Report on vaccination North-West Frontier Province 1904-1922 - 1904-1922
Year: 1904
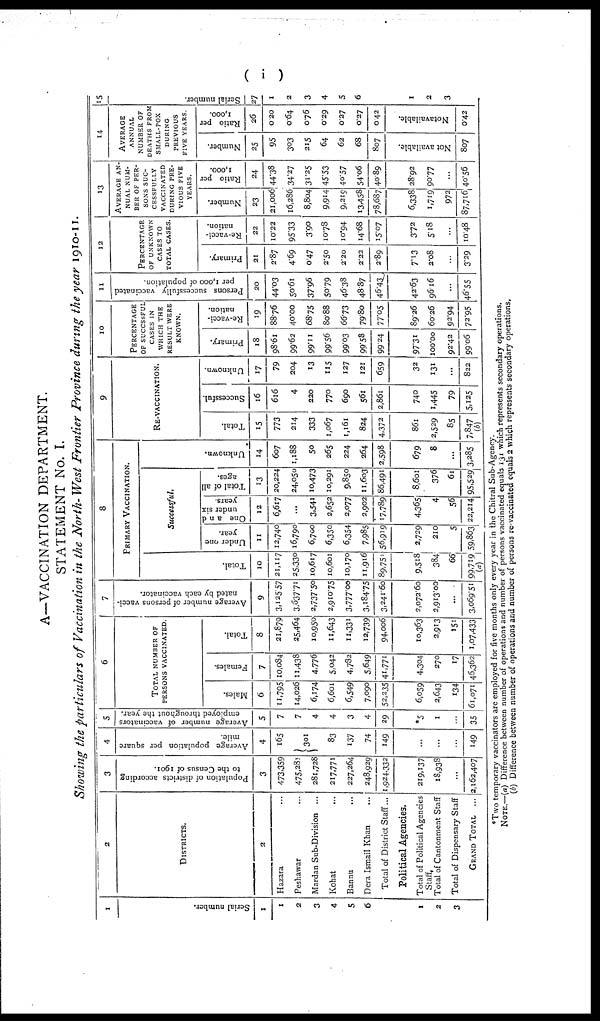
( i )
A—VACCINATION DEPARTMENT.
STATEMENT No. I.
Showing the particulars of Vaccination in the North- West Frontier Province during the year 1910-11.
1
Serial number.
1
1
2
3
4
5
6
1
2
3
2
DISTRICTS.
2
Hazara ...
Peshawar ...
Mardan Sub-Division ...
Kohat ...
Bannu ...
Dera Ismail Khan ...
Total of District Staff...
Political Agencies.
Total of Political Agencies
Staff.
Total of Cantonment Staff
Total of Dispensary Staff
GRAND TOTAL ...
3
Population of districts according
to the Census of 1901.
3
473,359
475,281
281,728
217,771
227,264
248,929
1,924,332
219,137
18,938
...
2,162,407
4
Average population per square
mile.
4
165
301
83
137
74
149
...
...
...
149
5
Average number of vaccinators
employed throughout the year.
5
7
7
4
4
3
4
29
*5
1
...
35
6
TOTAL NUMBER OF
PERSONS VACCINATED.
Males.
6
11,795
14,026
6,174
6,601
6,549
7,090
52,235
6,059
2,643
134
61,071
Females.
7
10,084
11,438
4,776
5,042
4,782
5,649
41,771
4,304
270
17
46,362
Total.
8
21,879
25,464
10,950
11,643
11,331
12,739
94,006
10,363
2,913
151
1,07,433
7
Average number of persons vacci-
nated by each vaccinator.
9
3,125.57
3,637.71
2,737.50
2,910.75
3,777.00
3,184.75
3,241.60
2,072.60
2,913.00
...
3,069.51
8
PRIMARY VACCINATION.
Total.
10
21,117
25,330
10,617
10,601
10,170
11,916
89,751
9,518
384
66
99,719
(a)
Successful.
Under one
year.
11
12,740
16,790
6,700
6,350
6,354
7,985
56,919
2,729
210
5
59,863
One and
under six
years.
12
6,617
...
3,541
2,652
2,077
2,902
17,789
4,365
4
56
22,214
Total of all
ages.
13
20,224
24,050
10,473
10,291
9,850
11,603
86,491
8,601
376
61
95,529
Unknown.
14
607
1,188
50
265
224
264
2,598
679
8
...
3,285
9
RE-VACCINATION.
Total.
15
773
214
333
1,067
1,161
824
4,372
861
2,529
85
7,847
(b)
Successful.
16
616
4
220
770
690
561
2,861
740
1,445
79
5,125
Unknown.
17
79
204
13
115
127
121
659
32
131
...
822
10
PERCENTAGE
OF SUCCSSFUL
CASES IN
WHICH THE
RESULT WERE
KNOWN.
Primary.
18
98.61
99.62
99.11
99.56
99.03
99.58
99.24
97.31
100.00
92.42
99.06
Re-vacci-
nation.
19
88.76
40.00
68.75
80.88
66.73
79.80
77.05
89.26
60.26
92.94
72.95
11
Persons successfully vaccinated
per 1,000 of population.
20
44.03
50.61
37.96
50.79
46.38
48.87
46.43
42.63
96.16
...
46.55
12
PERCENTAGE
OF UNKNOWN
CASES TO
TOTAL CASES.
Primary.
21
2.87
4.69
0.47
2.50
2.20
2.22
2.89
7.13
2.08
...
3.29
Re-vacci-
nation.
22
10.22
95.33
3.90
10.78
10.94
14.68
15.07
3.72
5.18
...
10.48
13
AVERAGE AN-
---- NUM-
---
OF PER-
SONS SUC-
CESSFULLY
VACCINATED
DURING PRE-
VIOUS FIVE
YEARS.
Number.
23
21,006
16,286
8,804
9,914
9,219
13,458
78,687
6,338
1,719
972
87,716
Ratio per
1,000.
24
44.38
34.27
31.25
45.53
40.57
54.06
40.89
28.92
90.77
...
40.56
14
AVERAGE
ANNUAL
NUMBER OF
DEATHS FROM
SMALL-POX
DURING
PREVIOUS
FIVE YEARS.
Number.
25
95
303
215
64
62
68
807
Not available.
807
Ratio per
1,000.
26
0.20
0.64
0.76
0.29
0.27
0.27
0.42
Not available.
0.42
15
Serial number.
27
1
2
3
4
5
6
1
2
3
*Two temporary vaccinators are employed for five months only every year in the Chitral Sub-Agency.
NOTE.—(a) Difference between number of operations and number of persons vaccinated equals 131 which represents secondary operations.
(b) Difference between number of operations and number of persons re-vaccinated equals 2 which represents secondary operations.